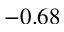
- 0 . 6 8